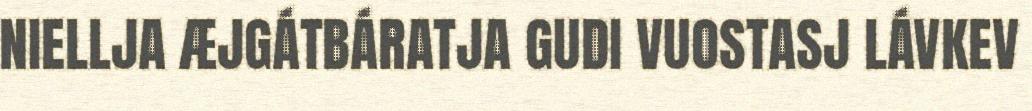
NIELLJA ÆJGÁTBÁRATJA GUDI VUOSTASJ LÁVKEV